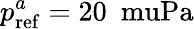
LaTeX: p_{\mathrm{ref}}^{a}=20~\mathrm{\ muPa}